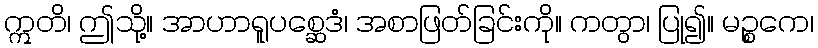
ဣတိ၊ ဤသို့။ အာဟာရူပစ္ဆေဒံ၊ အစာဖြတ်ခြင်းကို။ ကတွာ၊ ပြု၍။ မဉ္စကေ၊